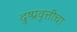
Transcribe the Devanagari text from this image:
दुष्प्रवृत्तींचा